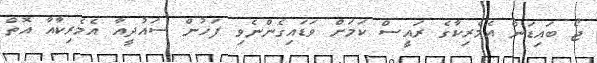
ޖޯ ބައިޑަން އެމެރިކާގެ ރައީސް ކަމަށް ވަޑައިގެންނެވި ފަހުން ސައުދީއާ އެމެރިކާއާ އޮތް